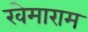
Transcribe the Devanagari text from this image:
खेमाराम